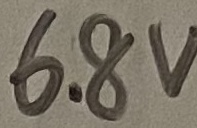
Text: 6.8V